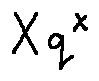
X q ^ { X }